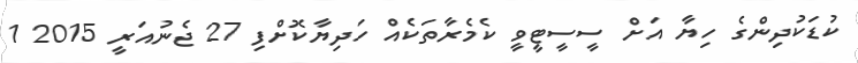
ކުޑަކުދިންގެ ހިޔާ އަށް ސީސީޓީވީ ކެމެރާތަކެއް ހަދިޔާކޮށްފި 27 ޖެނުއަރީ 2015 1